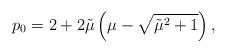
LaTeX: \begin{align*}p_0=2+2\tilde\mu\left(\mu-\sqrt{\tilde\mu^2+1}\right),\end{align*}